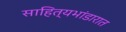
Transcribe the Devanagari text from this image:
साहित्यभांडारात